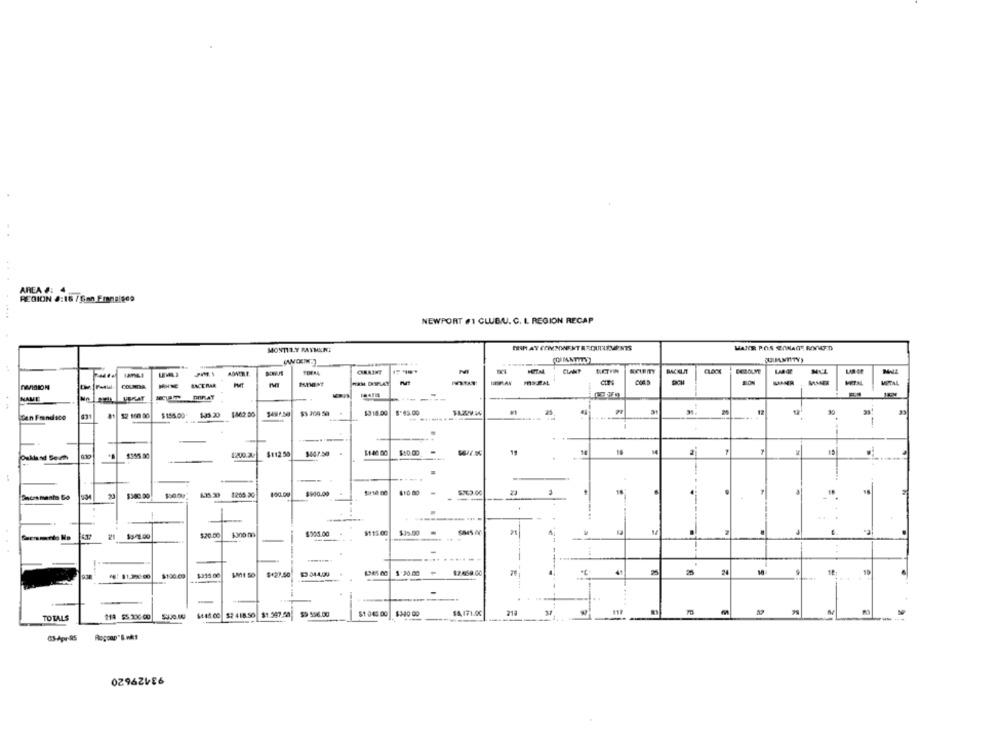
AREA #: 4
REGION 8:16 / San Emnelses
NEWPORT #1 CLUB/U. C. I. REGION RECAP
MONTHLY PAYMENT
CRAIST
CLANT
ADVIRLE
BACERAR
HRM DISPLAY
MAN
NAME
---
12 100 00
$ 155.00
$462.00
1318.00
$112.50
1047.50
1140 00
$10.00
19
10
$355.00
120.2
$300 09
1205.20
160.00
$900.00
410 80
5763.00
$20.00
$300 0
$205.00
$1 15.00
$35.00
21
$ 20.00
41
24
10
ve! $1,300:00
$100:09
$335.00
$+27.50
$3 344.99
-
$445.00
$7 418.50 $1.597.50
$9 536.00
$1 045.00
$340 00
SA 171.00
218
TOTALS
03-Apr-RS
02962486